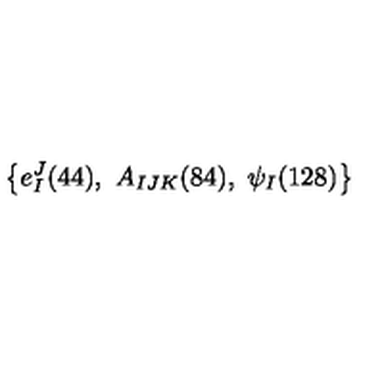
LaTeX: \left\{ e _ { I } ^ { J } ( 4 4 ) , \ A _ { I J K } ( 8 4 ) , \ \psi _ { I } ( 1 2 8 ) \right\}